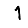
Digit: 1